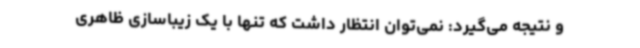
و نتیجه می‌گیرد: نمی‌توان انتظار داشت که تنها با یک زیباسازی ظاهری